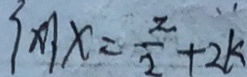
\{ x \vert x = \frac { z } { 2 } + 2 k